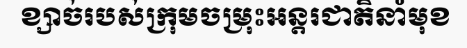
ខ្សាច់របស់ក្រុមចម្រុះអន្តរជាតិនាំមុខ